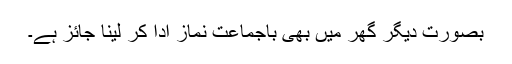
بصورت دیگر گھر میں بھی باجماعت نماز ادا کر لینا جائز ہے۔